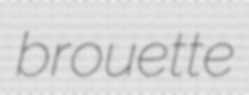
brouette